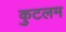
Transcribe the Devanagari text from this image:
कुटलम